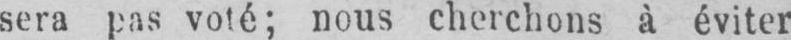
sera pas voté; nous cherchons à éviter